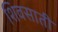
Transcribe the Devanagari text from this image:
शिवसाती